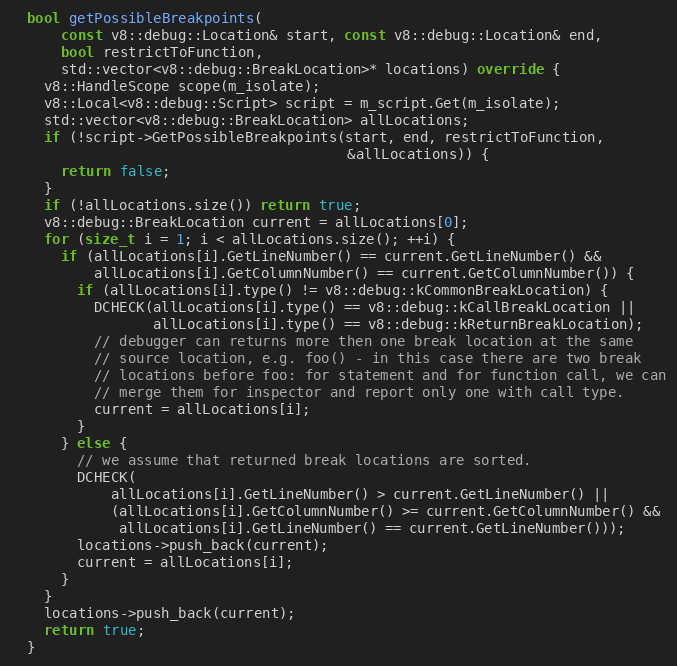
Language: C++
  bool getPossibleBreakpoints(
      const v8::debug::Location& start, const v8::debug::Location& end,
      bool restrictToFunction,
      std::vector<v8::debug::BreakLocation>* locations) override {
    v8::HandleScope scope(m_isolate);
    v8::Local<v8::debug::Script> script = m_script.Get(m_isolate);
    std::vector<v8::debug::BreakLocation> allLocations;
    if (!script->GetPossibleBreakpoints(start, end, restrictToFunction,
                                        &allLocations)) {
      return false;
    }
    if (!allLocations.size()) return true;
    v8::debug::BreakLocation current = allLocations[0];
    for (size_t i = 1; i < allLocations.size(); ++i) {
      if (allLocations[i].GetLineNumber() == current.GetLineNumber() &&
          allLocations[i].GetColumnNumber() == current.GetColumnNumber()) {
        if (allLocations[i].type() != v8::debug::kCommonBreakLocation) {
          DCHECK(allLocations[i].type() == v8::debug::kCallBreakLocation ||
                 allLocations[i].type() == v8::debug::kReturnBreakLocation);
          // debugger can returns more then one break location at the same
          // source location, e.g. foo() - in this case there are two break
          // locations before foo: for statement and for function call, we can
          // merge them for inspector and report only one with call type.
          current = allLocations[i];
        }
      } else {
        // we assume that returned break locations are sorted.
        DCHECK(
            allLocations[i].GetLineNumber() > current.GetLineNumber() ||
            (allLocations[i].GetColumnNumber() >= current.GetColumnNumber() &&
             allLocations[i].GetLineNumber() == current.GetLineNumber()));
        locations->push_back(current);
        current = allLocations[i];
      }
    }
    locations->push_back(current);
    return true;
  }